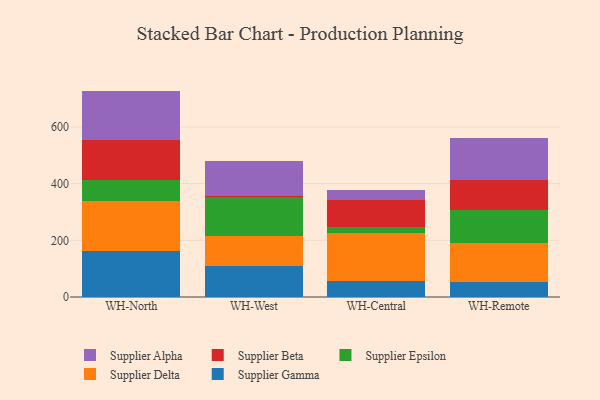
{"axis": {"x": "Warehouse", "y": "Conversion Rate (%)"}, "legend": ["Supplier Alpha", "Supplier Beta", "Supplier Delta", "Supplier Epsilon", "Supplier Gamma"], "data": [{"x": "WH-North", "y": 164.1, "type": "Supplier Gamma"}, {"x": "WH-North", "y": 175.4, "type": "Supplier Delta"}, {"x": "WH-North", "y": 72.5, "type": "Supplier Epsilon"}, {"x": "WH-North", "y": 141.8, "type": "Supplier Beta"}, {"x": "WH-North", "y": 173.8, "type": "Supplier Alpha"}, {"x": "WH-West", "y": 108.9, "type": "Supplier Gamma"}, {"x": "WH-West", "y": 107.6, "type": "Supplier Delta"}, {"x": "WH-West", "y": 135.6, "type": "Supplier Epsilon"}, {"x": "WH-West", "y": 5.0, "type": "Supplier Beta"}, {"x": "WH-West", "y": 123.5, "type": "Supplier Alpha"}, {"x": "WH-Central", "y": 55.4, "type": "Supplier Gamma"}, {"x": "WH-Central", "y": 171.2, "type": "Supplier Delta"}, {"x": "WH-Central", "y": 21.9, "type": "Supplier Epsilon"}, {"x": "WH-Central", "y": 93.3, "type": "Supplier Beta"}, {"x": "WH-Central", "y": 37.5, "type": "Supplier Alpha"}, {"x": "WH-Remote", "y": 54.5, "type": "Supplier Gamma"}, {"x": "WH-Remote", "y": 136.1, "type": "Supplier Delta"}, {"x": "WH-Remote", "y": 116.3, "type": "Supplier Epsilon"}, {"x": "WH-Remote", "y": 104.7, "type": "Supplier Beta"}, {"x": "WH-Remote", "y": 147.9, "type": "Supplier Alpha"}]}